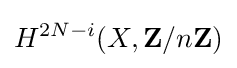
H^{2N-i}(X,\mathbf {Z} /n\mathbf {Z} )